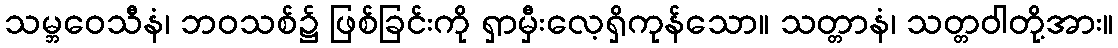
သမ္ဘဝေသီနံ၊ ဘဝသစ်၌ ဖြစ်ခြင်းကို ရှာမှီးလေ့ရှိကုန်သော။ သတ္တာနံ၊ သတ္တဝါတို့အား။